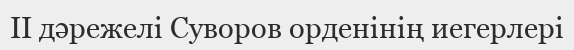
II дәрежелі Суворов орденінің иегерлері